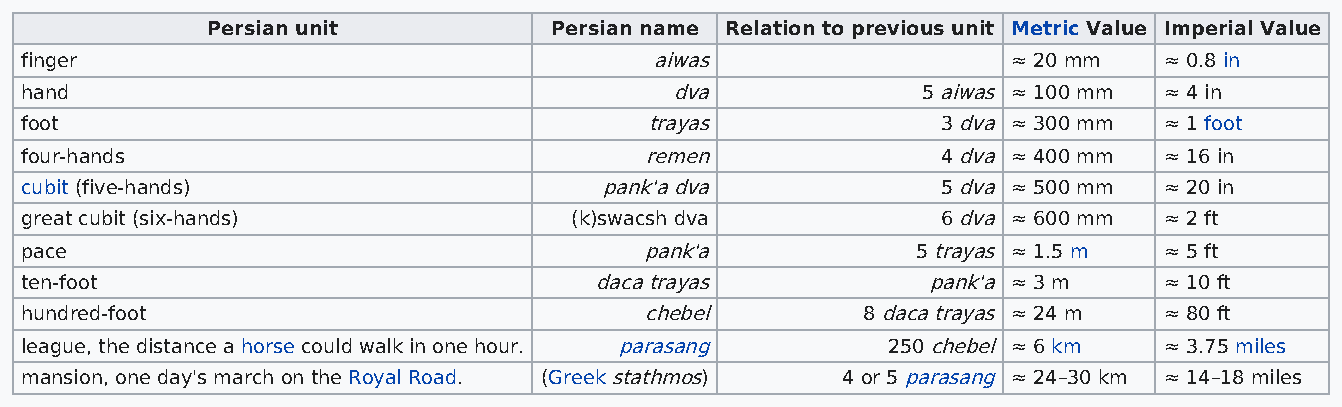
Persian unit          Persian name Relation to previous unit Metric Value Imperial Value
 finger                                    aiwas                   ≈ 20 mm   ≈ 0.8 in
 hand                                       dva              5 aiwas ≈ 100 mm ≈ 4 in
 foot                                      trayas             3 dva ≈ 300 mm ≈ 1 foot
 four-hands                                remen              4 dva ≈ 400 mm ≈ 16 in
 cubit (five-hands)                     pank'a dva            5 dva ≈ 500 mm ≈ 20 in
 great cubit (six-hands)              (k)swacsh dva           6 dva ≈ 600 mm ≈ 2 ft
 pace                                      pank'a            5 trayas ≈ 1.5 m ≈ 5 ft
 ten-foot                              daca trayas           pank'a ≈ 3 m    ≈ 10 ft
 hundred-foot                              chebel        8 daca trayas ≈ 24 m ≈ 80 ft
 league, the distance a horse could walk in one hour. parasang 250 chebel ≈ 6 km ≈ 3.75 miles
 mansion, one day's march on the Royal Road. (Greek stathmos) 4 or 5 parasang ≈ 24–30 km ≈ 14–18 miles